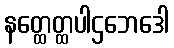
နတ္ထေတ္ထပါဌဘေဒေါ